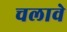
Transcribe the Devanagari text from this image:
चलावे